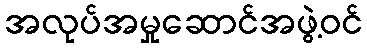
အလုပ်အမှုဆောင်အဖွဲ့ဝင်